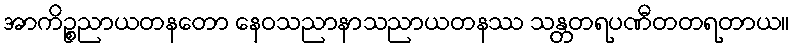
အာကိဉ္စညာယတနတော နေဝသညာနာသညာယတနဿ သန္တတရပဏီတတရတာယ။